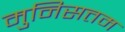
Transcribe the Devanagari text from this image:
मुनिसत्तम